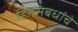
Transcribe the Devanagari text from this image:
हितसंबधांचे